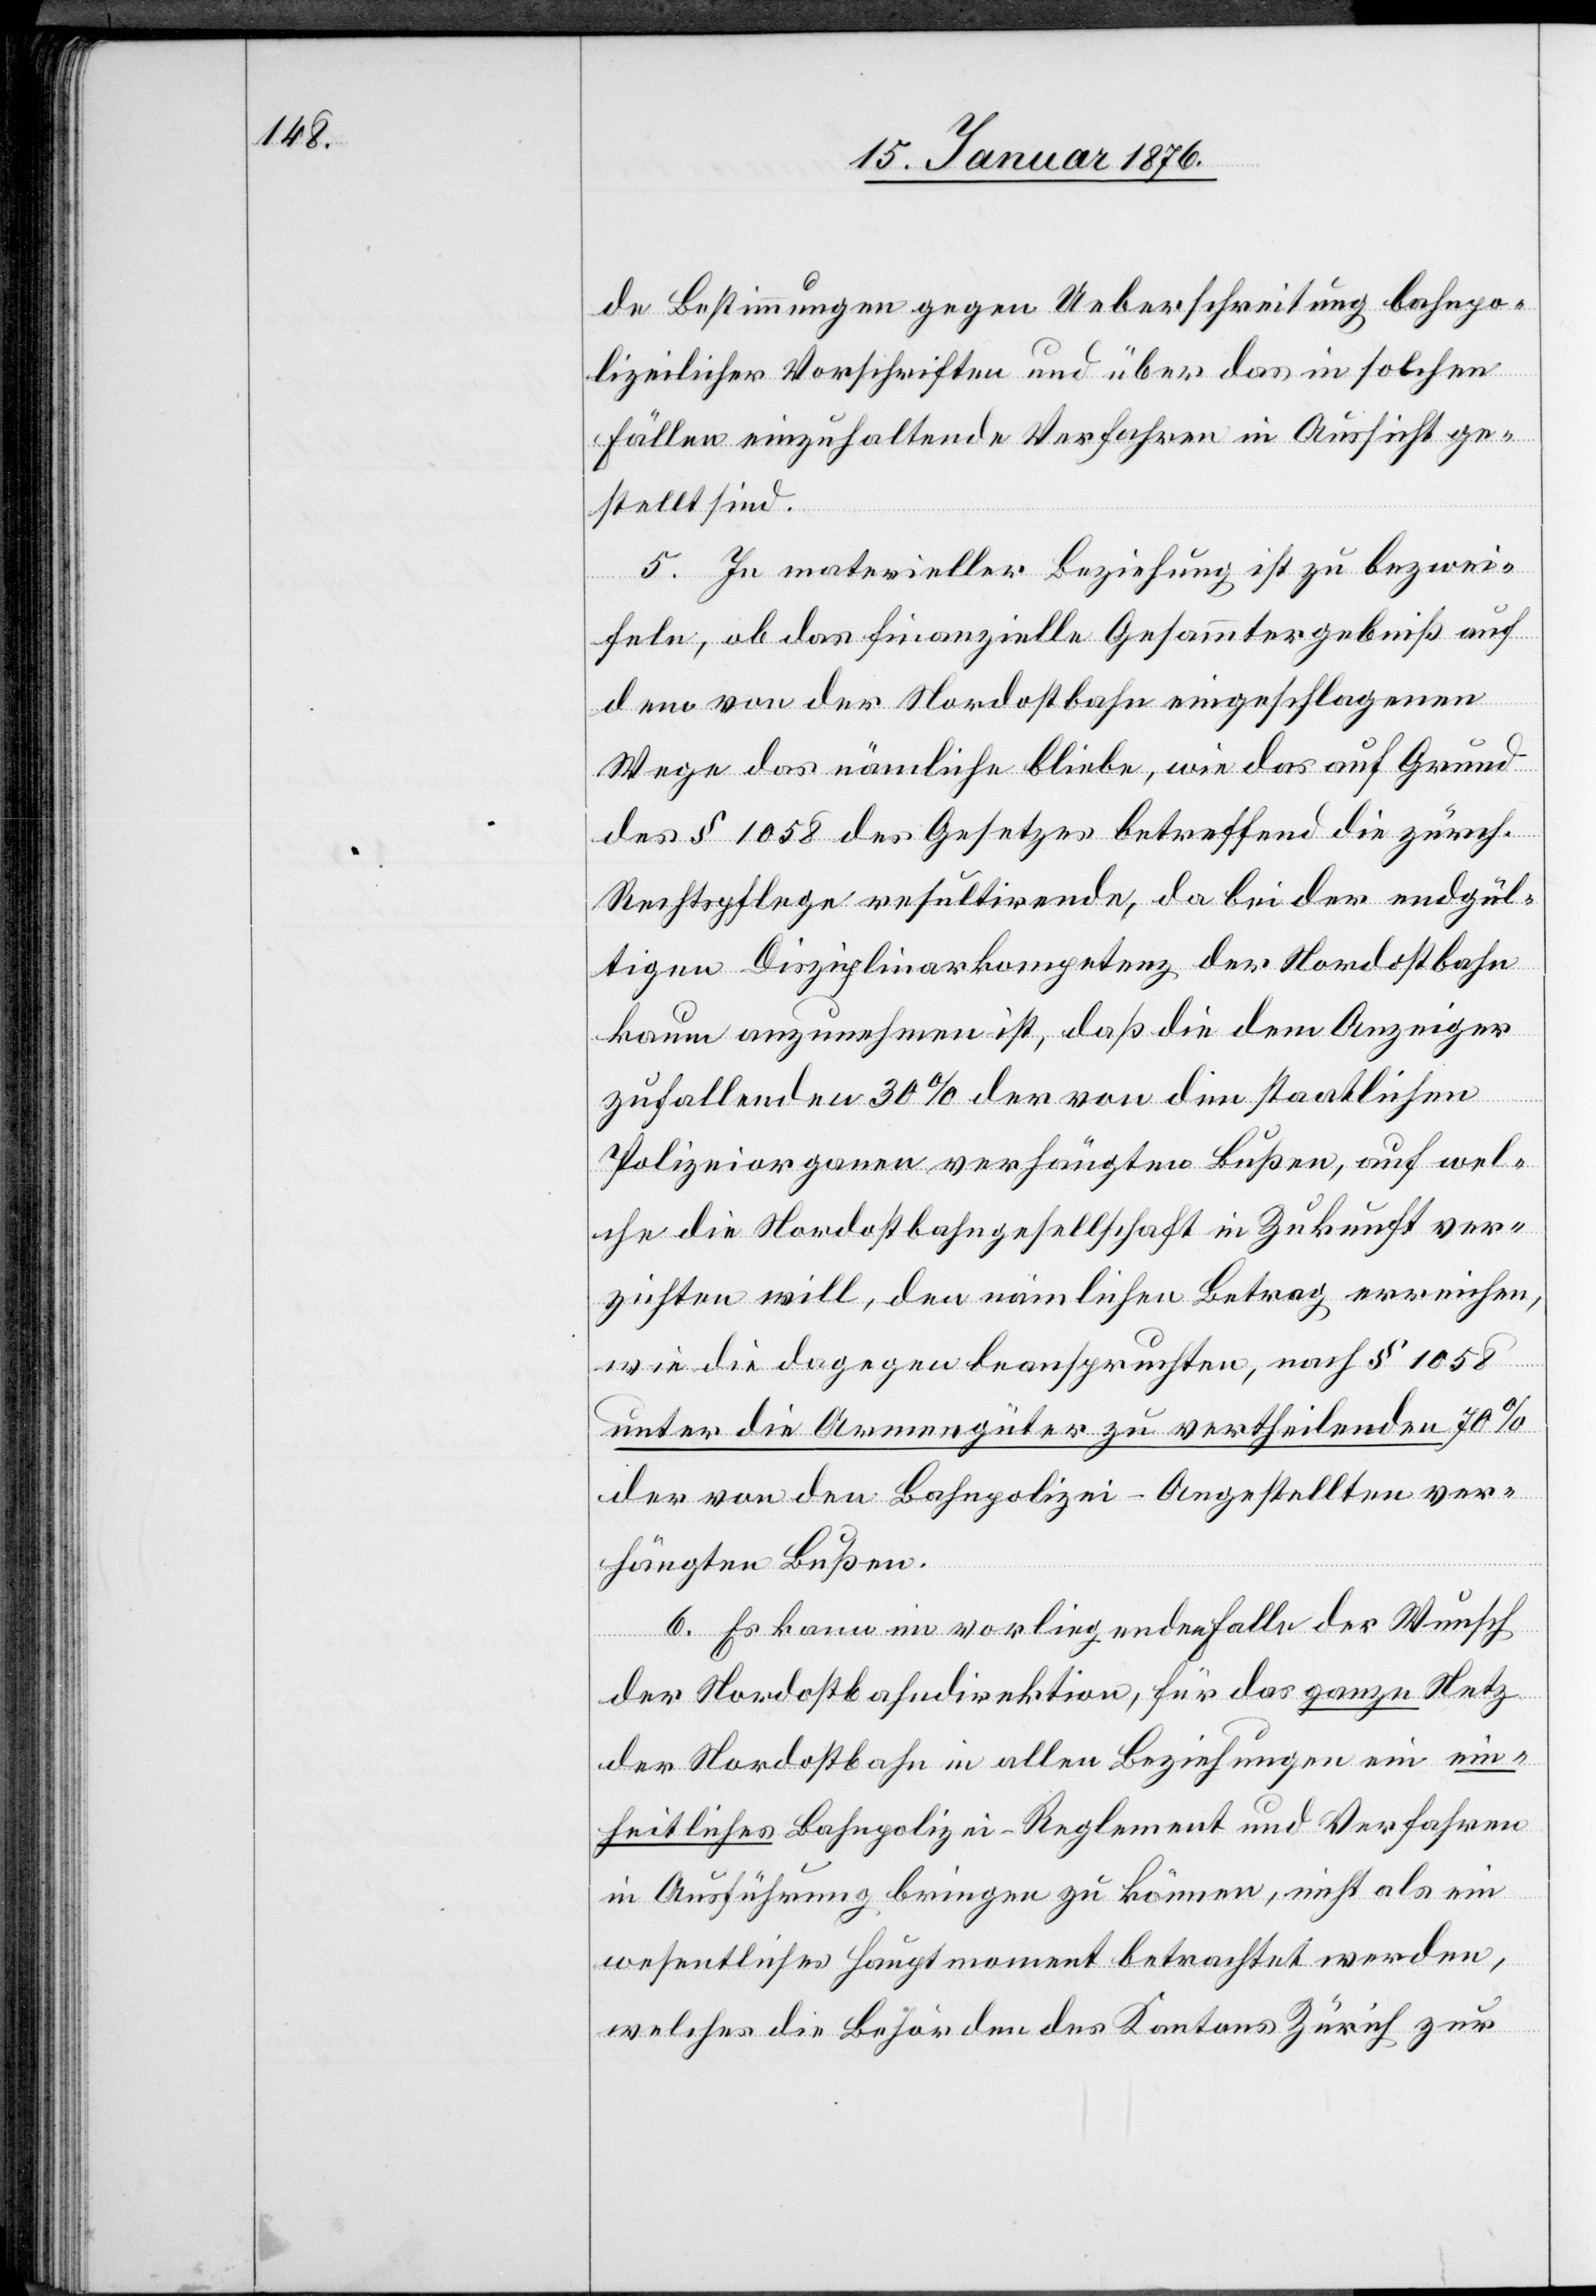
de Bestimmungen gegen Ueberschreitung bahnpo¬
lizeilicher Vorschriften und über das in solchen
Fällen einzuhaltende Verfahren in Aussicht ge¬
stellt sind.
5. In materieller Beziehung ist zu bezwei¬
feln, ob das finanzielle Gesammtergebniß auf
dem von der Nordostbahn eingeschlagenen
Wege das nämliche bliebe, wie das auf Grund
des § 1058 des Gesetzes betreffend die zürch.
Rechtspflege resultirende, da bei der endgül¬
tigen Disziplinarkompetenz der Nordostbahn
kaum anzunehmen ist, daß die dem Anzeiger
zufallenden 30 % der von dem staatlichen
Polizeiorganen verhängten Bußen, auf wel¬
che die Nordostbahngesellschaft in Zukunft ver¬
zichten will, den nämlichen Betrag erreichen,
wie die dagegen beanspruchten, nach § 1058
unter die Armengüter zu vertheilenden 70 %
der von den Bahnpolizei-Angestellten ver¬
hängten Bußen.
6. Es kann im vorliegenden Falle der Wunsch
der Nordostbahndirektion, für das ganze Netz
der Nordostbahn in allen Beziehungen ein ein¬
heitliches Bahnpolizei-Reglement und Verfahren
in Ausführung bringen zu können, nicht als ein
wesentliches Hauptmoment betrachtet werden,
welches die Behörden des Kantons Zürich zur